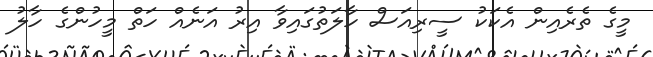
މީގެ ތެރެއިން އެކަކު ސީރިއަސް ހާލަތުގައިވާ އިރު އަނެއް ހަތް މީހުންގެ ހާލު